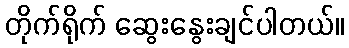
တိုက်ရိုက် ဆွေးနွေးချင်ပါတယ်။